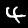
Digit: 4